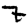
Digit: 7